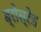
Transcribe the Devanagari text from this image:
ब्रोस्टेड